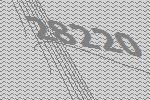
28220